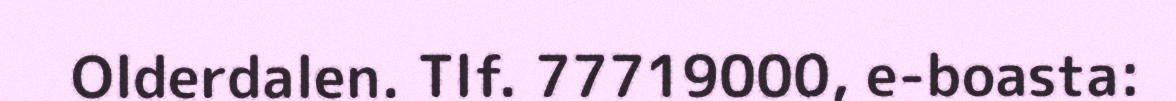
Olderdalen. Tlf. 77719000, e-boasta: